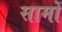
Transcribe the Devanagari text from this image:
सामों